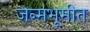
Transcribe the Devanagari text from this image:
जन्मभूमीत